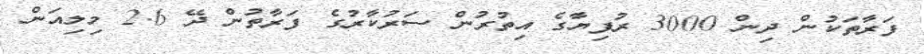
ފަރާތަކުން ދިން 3000 ރުފިޔާގެ އިތުރުން ސަރުކާރުގެ ފަރާތުން ދޭ 2.6 މިލިއަން